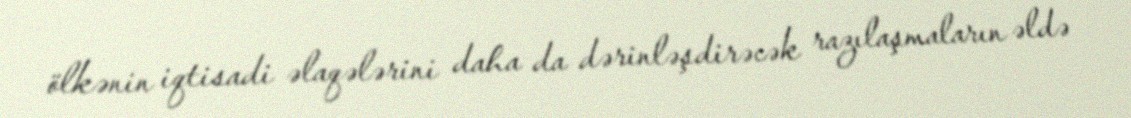
ölkənin iqtisadi əlaqələrini daha da dərinləşdirəcək razılaşmaların əldə